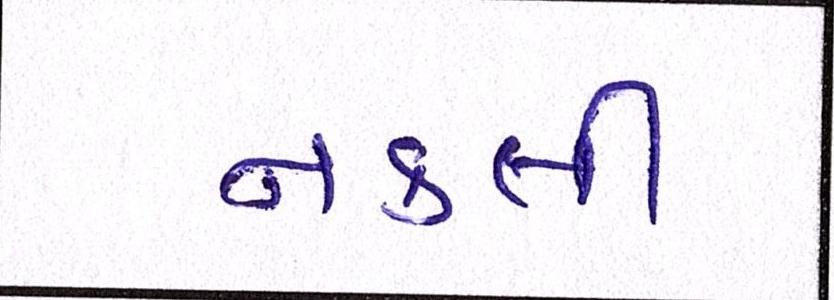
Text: નકલી